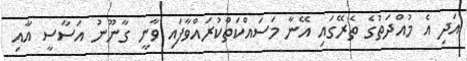
އަދި އެ މުއްދަތުގެ ތެރޭގައި އޭނާ މަސައްކަތްކުރައްވާފައި ވާނީ ގާނޫނު އަސާސީ އާއި